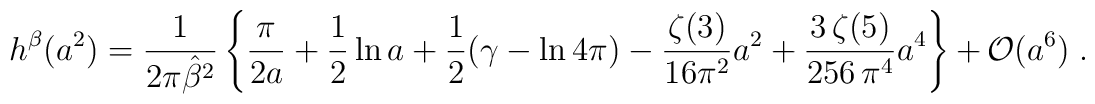
h^{\beta}(a^2)= {1\over {2 \pi {\hat{\beta}}^2}} \left\{ \frac {\pi} { 2a}+{1\over 2} \ln  a + {1\over 2} (\gamma - \ln 4 \pi) - \frac {\zeta(3)} {16 \pi^2} a^2 +  \frac {3 \, \zeta(5)} {256 \, \pi^4} a^4 \right\} + {\cal O}(a^6) \; .